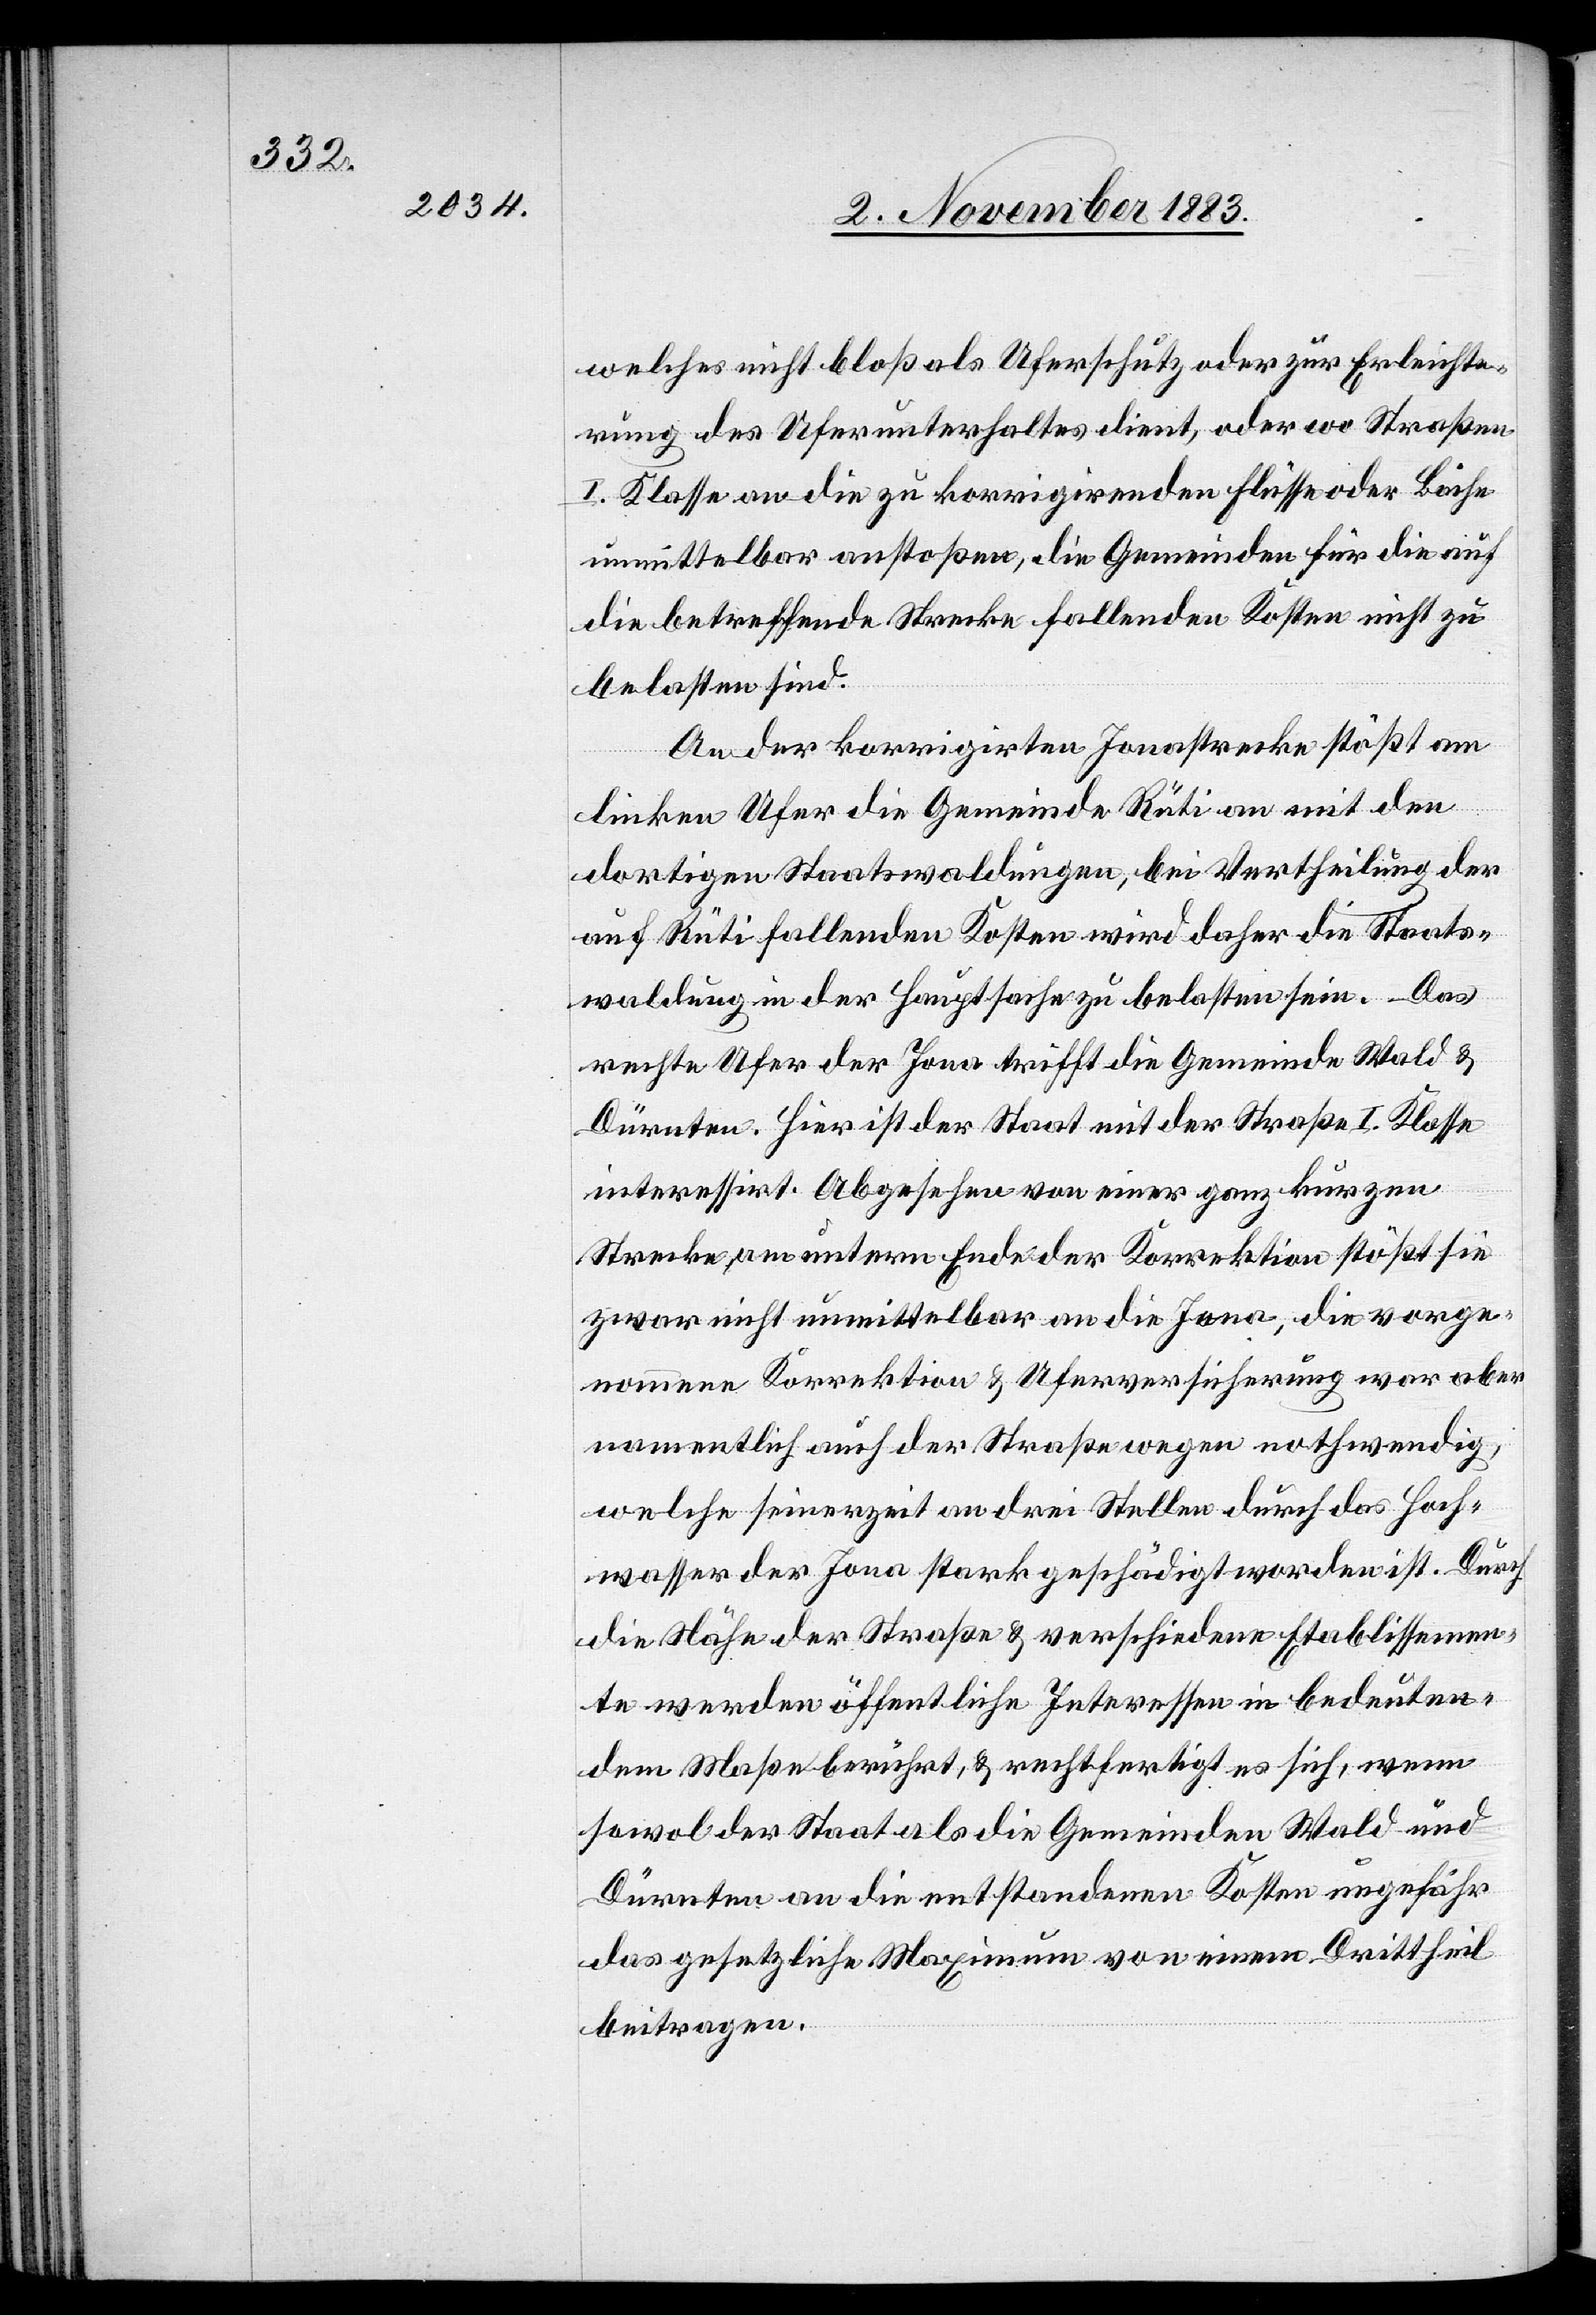
welches nicht bloß als Uferschutz oder zur Erleichte¬
rung des Uferunterhaltes dient, oder wo Straßen
I. Klasse an die zu korrigirenden Flüsse oder Bäche
unmittelbar anstoßen, die Gemeinden für die auf
die betreffende Strecke fallen Kosten nicht zu
belasten sind.
An der korrigirten Jonastrecke stößt am
linken Ufer die Gemeinde Rüti an mit den
dortigen Staatswaldungen, bei Vertheilung der
auf Rüti fallenden Kosten wird daher die Staats¬
waldung in der Hauptsache zu belasten sein. Das
rechte Ufer der Jona trifft die Gemeinde Wald &
Dürnten. Hier ist der Staat mit der Straße I. Klasse
interessirt. Abgesehen von einer ganz kurzen
Strecke am untern Ende der Korrektion stößt sie
zwar nicht unmittelbar an die Jona, die vorge¬
nommene Korrektion & Uferversicherung war aber
namentlich auch der Straße wegen nothwendig,
welche seinerzeit an drei Stellen durch das Hoch¬
wasser der Jona stark geschädigt worden ist. Durch
die Nähe der Straße & verschiedene Etablissemen¬
te werden öffentliche Interessen in bedeuten¬
dem Maße berührt, & rechtfertigt es sich, wenn
sowol der Staat als die Gemeinden Wald und
Dürnten an die entstandenen Kosten ungefähr
das gesetzliche Maximum von einem Drittheil
beitragen.